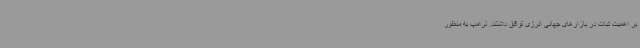
بر اهمیت ثبات در بازارهای جهانی انرژی توافق داشتند. ترامپ به منظور